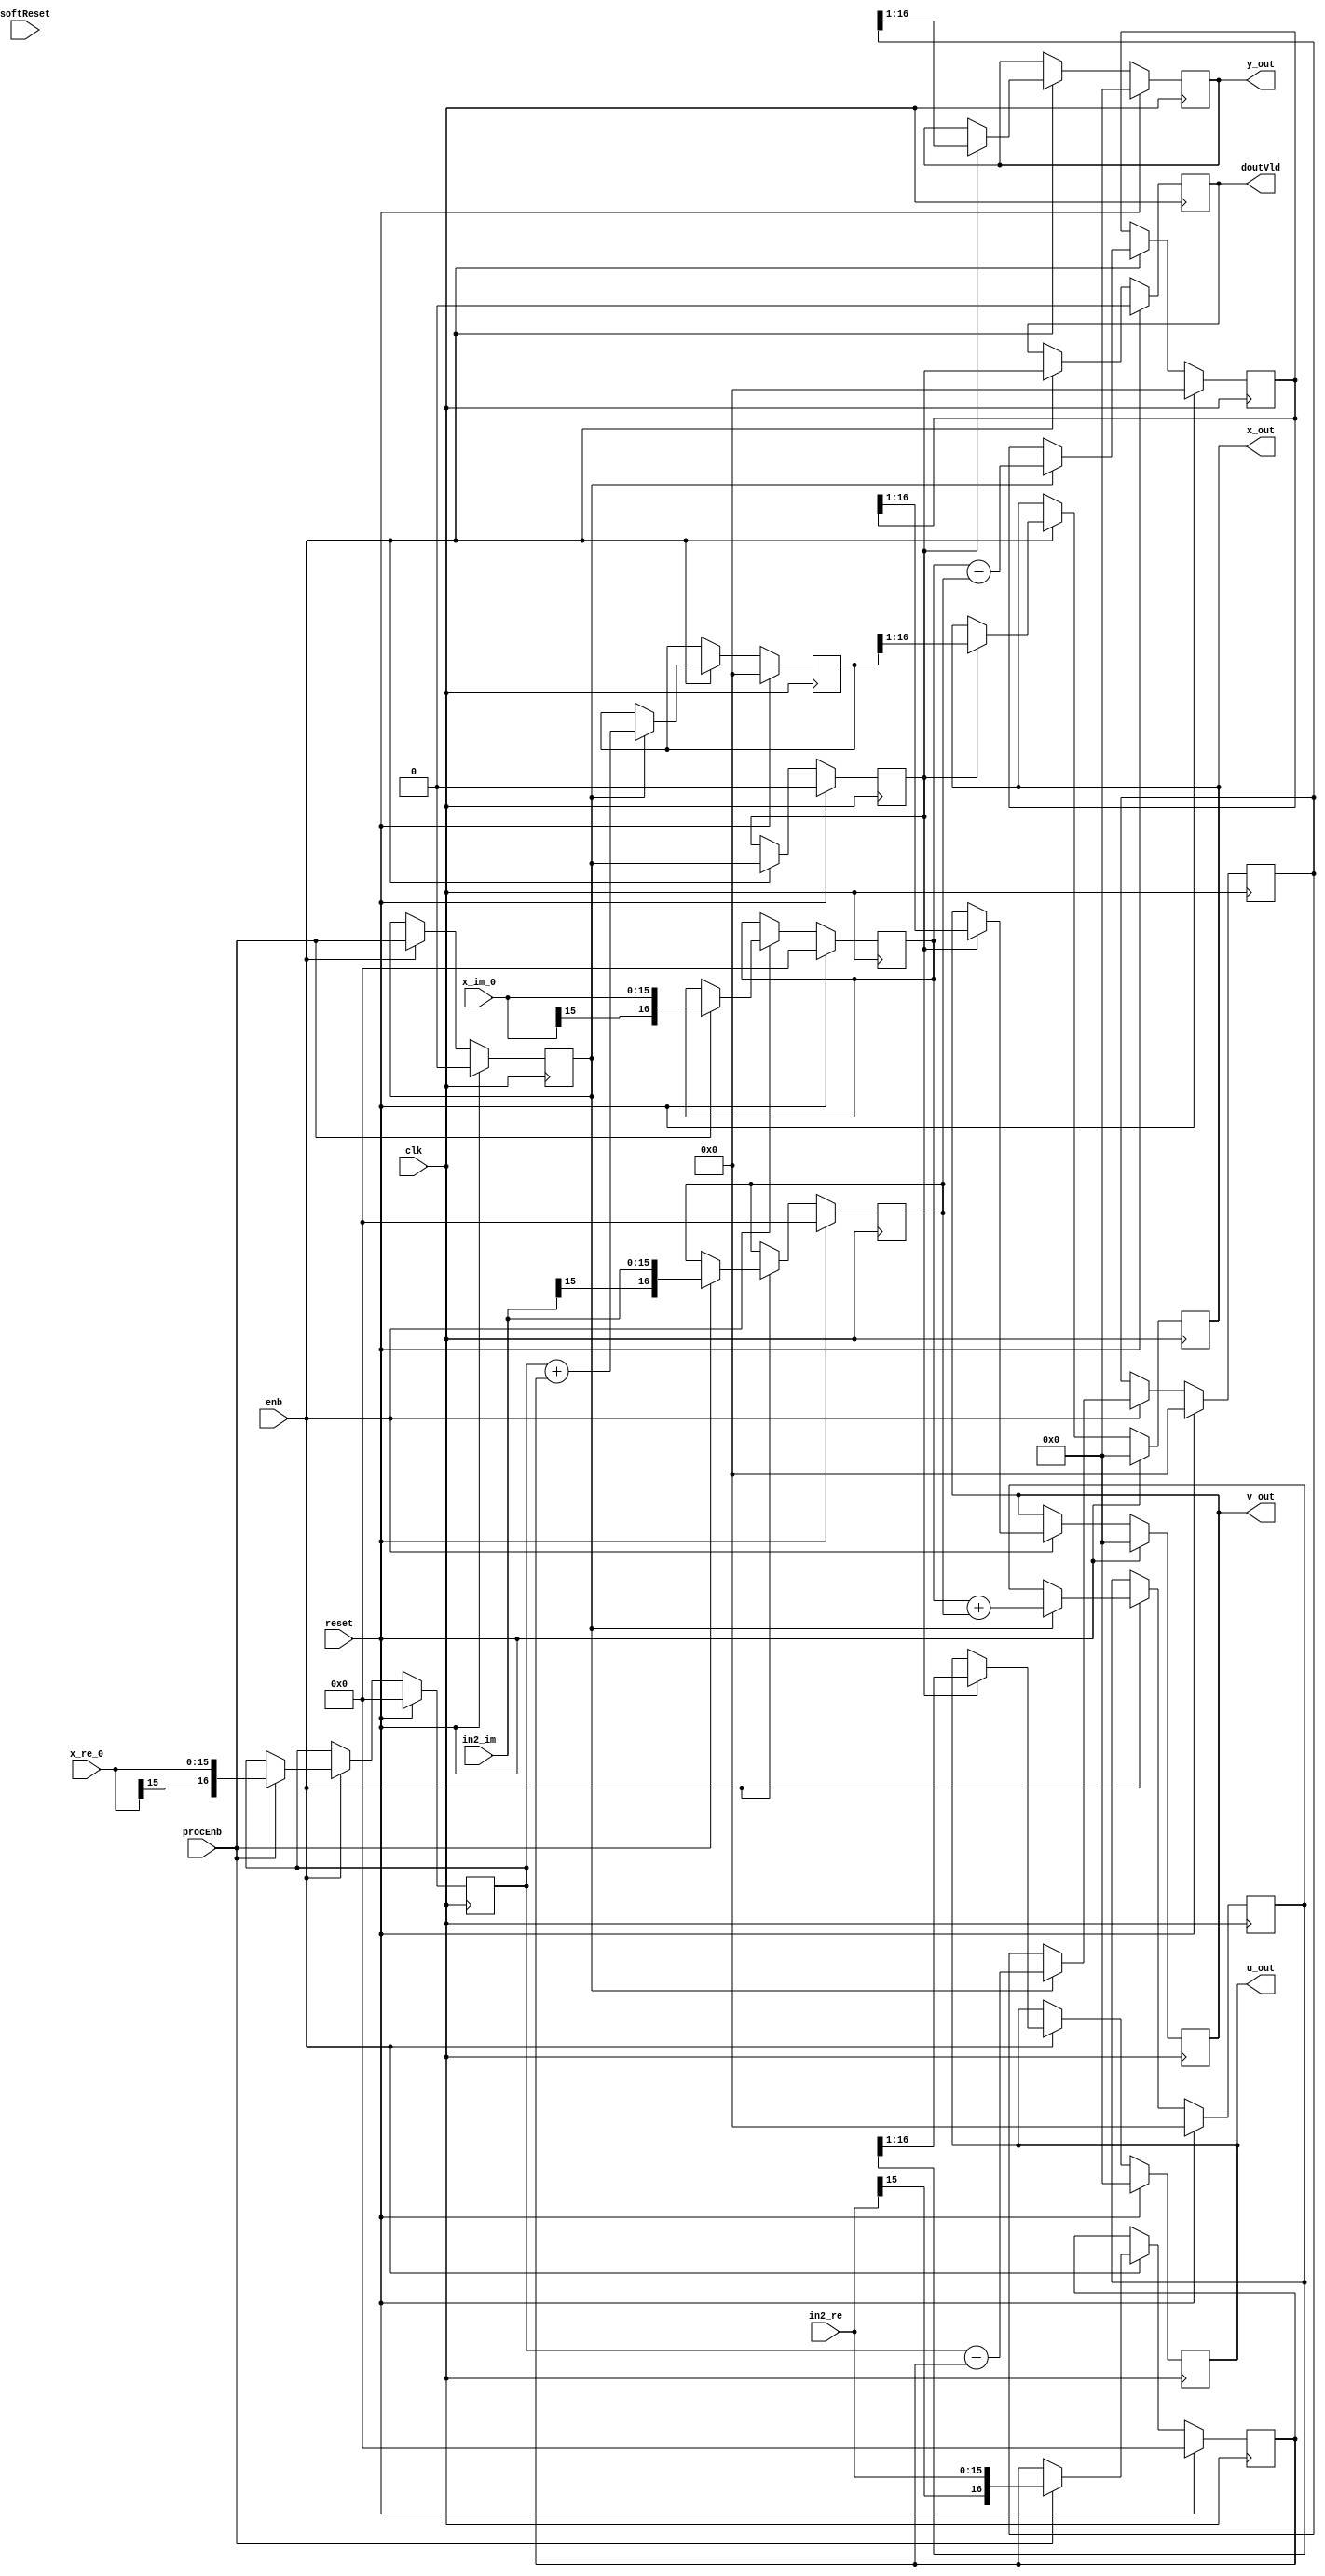
// -------------------------------------------------------------
// 
// 
// Generated by MATLAB 8.5 and HDL Coder 3.6
// 
// -------------------------------------------------------------


// -------------------------------------------------------------
// 
// Module: Radix2ButterlyF
// Source Path: fft_st/fft_st/FFT HDL Optimized/RADIX2FFT_KernelF_1/Radix2ButterlyF
// Hierarchy Level: 3
// 
// -------------------------------------------------------------

`timescale 1 ns / 1 ns

module Radix2ButterlyF
          (
           clk,
           reset,
           enb,
           x_re_0,
           in2_re,
           x_im_0,
           in2_im,
           procEnb,
           softReset,
           x_out,
           u_out,
           y_out,
           v_out,
           doutVld
          );


  input   clk;
  input   reset;
  input   enb;
  input   signed [15:0] x_re_0;  // sfix16
  input   signed [15:0] in2_re;  // sfix16
  input   signed [15:0] x_im_0;  // sfix16
  input   signed [15:0] in2_im;  // sfix16
  input   procEnb;
  input   softReset;
  output  signed [15:0] x_out;  // sfix16
  output  signed [15:0] u_out;  // sfix16
  output  signed [15:0] y_out;  // sfix16
  output  signed [15:0] v_out;  // sfix16
  output  doutVld;


  reg signed [16:0] Radix2ButterflyF_din1_re_reg1;  // sfix17
  reg signed [16:0] Radix2ButterflyF_din1_im_reg1;  // sfix17
  reg signed [16:0] Radix2ButterflyF_din2_re_reg1;  // sfix17
  reg signed [16:0] Radix2ButterflyF_din2_im_reg1;  // sfix17
  reg signed [15:0] Radix2ButterflyF_dout1_re_reg;  // sfix16
  reg signed [15:0] Radix2ButterflyF_dout2_re_reg;  // sfix16
  reg signed [15:0] Radix2ButterflyF_dout1_im_reg;  // sfix16
  reg signed [15:0] Radix2ButterflyF_dout2_im_reg;  // sfix16
  reg  Radix2ButterflyF_dinVld_reg1;
  reg  Radix2ButterflyF_dinVld_reg2;
  reg  Radix2ButterflyF_dinVld_reg3;
  reg signed [17:0] Radix2ButterflyF_sum1_re_reg;  // sfix18
  reg signed [17:0] Radix2ButterflyF_sum2_re_reg;  // sfix18
  reg signed [17:0] Radix2ButterflyF_sum1_im_reg;  // sfix18
  reg signed [17:0] Radix2ButterflyF_sum2_im_reg;  // sfix18
  reg signed [16:0] Radix2ButterflyF_din1_re_reg1_next;  // sfix17
  reg signed [16:0] Radix2ButterflyF_din1_im_reg1_next;  // sfix17
  reg signed [16:0] Radix2ButterflyF_din2_re_reg1_next;  // sfix17
  reg signed [16:0] Radix2ButterflyF_din2_im_reg1_next;  // sfix17
  reg signed [15:0] Radix2ButterflyF_dout1_re_reg_next;  // sfix16
  reg signed [15:0] Radix2ButterflyF_dout2_re_reg_next;  // sfix16
  reg signed [15:0] Radix2ButterflyF_dout1_im_reg_next;  // sfix16
  reg signed [15:0] Radix2ButterflyF_dout2_im_reg_next;  // sfix16
  reg  Radix2ButterflyF_dinVld_reg1_next;
  reg  Radix2ButterflyF_dinVld_reg2_next;
  reg  Radix2ButterflyF_dinVld_reg3_next;
  reg signed [17:0] Radix2ButterflyF_sum1_re_reg_next;  // sfix18
  reg signed [17:0] Radix2ButterflyF_sum2_re_reg_next;  // sfix18
  reg signed [17:0] Radix2ButterflyF_sum1_im_reg_next;  // sfix18
  reg signed [17:0] Radix2ButterflyF_sum2_im_reg_next;  // sfix18
  reg signed [15:0] x_out_1;  // sfix16
  reg signed [15:0] y_out_1;  // sfix16
  reg signed [15:0] u_out_1;  // sfix16
  reg signed [15:0] v_out_1;  // sfix16
  reg  doutVld_1;
  reg signed [17:0] Radix2ButterflyF_sra_temp;  // sfix18
  reg signed [17:0] Radix2ButterflyF_sra_temp_0;  // sfix18
  reg signed [17:0] Radix2ButterflyF_sra_temp_1;  // sfix18
  reg signed [17:0] Radix2ButterflyF_sra_temp_2;  // sfix18
  reg signed [17:0] Radix2ButterflyF_t_0_0;  // sfix18
  reg signed [17:0] Radix2ButterflyF_t_1;  // sfix18
  reg signed [17:0] Radix2ButterflyF_t_2_0;  // sfix18
  reg signed [17:0] Radix2ButterflyF_t_3;  // sfix18
  reg signed [17:0] Radix2ButterflyF_t_4_0;  // sfix18
  reg signed [17:0] Radix2ButterflyF_t_5;  // sfix18
  reg signed [17:0] Radix2ButterflyF_t_6_0;  // sfix18
  reg signed [17:0] Radix2ButterflyF_t_7;  // sfix18


  // Radix2ButterflyF
  always @(posedge clk)
    begin : Radix2ButterflyF_process
      if (reset == 1'b1) begin
        Radix2ButterflyF_dout1_re_reg <= 16'sb0000000000000000;
        Radix2ButterflyF_dout2_re_reg <= 16'sb0000000000000000;
        Radix2ButterflyF_dout1_im_reg <= 16'sb0000000000000000;
        Radix2ButterflyF_dout2_im_reg <= 16'sb0000000000000000;
        Radix2ButterflyF_sum1_re_reg <= 18'sb000000000000000000;
        Radix2ButterflyF_sum2_re_reg <= 18'sb000000000000000000;
        Radix2ButterflyF_sum1_im_reg <= 18'sb000000000000000000;
        Radix2ButterflyF_sum2_im_reg <= 18'sb000000000000000000;
        Radix2ButterflyF_din2_re_reg1 <= 17'sb00000000000000000;
        Radix2ButterflyF_din2_im_reg1 <= 17'sb00000000000000000;
        Radix2ButterflyF_din1_re_reg1 <= 17'sb00000000000000000;
        Radix2ButterflyF_din1_im_reg1 <= 17'sb00000000000000000;
        Radix2ButterflyF_dinVld_reg3 <= 1'b0;
        Radix2ButterflyF_dinVld_reg2 <= 1'b0;
        Radix2ButterflyF_dinVld_reg1 <= 1'b0;
      end
      else begin
        if (enb) begin
          Radix2ButterflyF_din1_re_reg1 <= Radix2ButterflyF_din1_re_reg1_next;
          Radix2ButterflyF_din1_im_reg1 <= Radix2ButterflyF_din1_im_reg1_next;
          Radix2ButterflyF_din2_re_reg1 <= Radix2ButterflyF_din2_re_reg1_next;
          Radix2ButterflyF_din2_im_reg1 <= Radix2ButterflyF_din2_im_reg1_next;
          Radix2ButterflyF_dout1_re_reg <= Radix2ButterflyF_dout1_re_reg_next;
          Radix2ButterflyF_dout2_re_reg <= Radix2ButterflyF_dout2_re_reg_next;
          Radix2ButterflyF_dout1_im_reg <= Radix2ButterflyF_dout1_im_reg_next;
          Radix2ButterflyF_dout2_im_reg <= Radix2ButterflyF_dout2_im_reg_next;
          Radix2ButterflyF_dinVld_reg1 <= Radix2ButterflyF_dinVld_reg1_next;
          Radix2ButterflyF_dinVld_reg2 <= Radix2ButterflyF_dinVld_reg2_next;
          Radix2ButterflyF_dinVld_reg3 <= Radix2ButterflyF_dinVld_reg3_next;
          Radix2ButterflyF_sum1_re_reg <= Radix2ButterflyF_sum1_re_reg_next;
          Radix2ButterflyF_sum2_re_reg <= Radix2ButterflyF_sum2_re_reg_next;
          Radix2ButterflyF_sum1_im_reg <= Radix2ButterflyF_sum1_im_reg_next;
          Radix2ButterflyF_sum2_im_reg <= Radix2ButterflyF_sum2_im_reg_next;
        end
      end
    end

  always @(Radix2ButterflyF_din1_re_reg1, Radix2ButterflyF_din1_im_reg1,
       Radix2ButterflyF_din2_re_reg1, Radix2ButterflyF_din2_im_reg1,
       Radix2ButterflyF_dout1_re_reg, Radix2ButterflyF_dout2_re_reg,
       Radix2ButterflyF_dout1_im_reg, Radix2ButterflyF_dout2_im_reg,
       Radix2ButterflyF_dinVld_reg1, Radix2ButterflyF_dinVld_reg2,
       Radix2ButterflyF_dinVld_reg3, Radix2ButterflyF_sum1_re_reg,
       Radix2ButterflyF_sum2_re_reg, Radix2ButterflyF_sum1_im_reg,
       Radix2ButterflyF_sum2_im_reg, x_re_0, in2_re, x_im_0, in2_im, procEnb) begin
    Radix2ButterflyF_din1_re_reg1_next = Radix2ButterflyF_din1_re_reg1;
    Radix2ButterflyF_din1_im_reg1_next = Radix2ButterflyF_din1_im_reg1;
    Radix2ButterflyF_din2_re_reg1_next = Radix2ButterflyF_din2_re_reg1;
    Radix2ButterflyF_din2_im_reg1_next = Radix2ButterflyF_din2_im_reg1;
    Radix2ButterflyF_dout1_re_reg_next = Radix2ButterflyF_dout1_re_reg;
    Radix2ButterflyF_dout2_re_reg_next = Radix2ButterflyF_dout2_re_reg;
    Radix2ButterflyF_dout1_im_reg_next = Radix2ButterflyF_dout1_im_reg;
    Radix2ButterflyF_dout2_im_reg_next = Radix2ButterflyF_dout2_im_reg;
    Radix2ButterflyF_sum1_re_reg_next = Radix2ButterflyF_sum1_re_reg;
    Radix2ButterflyF_sum2_re_reg_next = Radix2ButterflyF_sum2_re_reg;
    Radix2ButterflyF_sum1_im_reg_next = Radix2ButterflyF_sum1_im_reg;
    Radix2ButterflyF_sum2_im_reg_next = Radix2ButterflyF_sum2_im_reg;
    if (Radix2ButterflyF_dinVld_reg2) begin
      Radix2ButterflyF_sra_temp = Radix2ButterflyF_sum1_re_reg >>> 8'd1;
      Radix2ButterflyF_dout1_re_reg_next = Radix2ButterflyF_sra_temp[15:0];
      Radix2ButterflyF_sra_temp_0 = Radix2ButterflyF_sum2_re_reg >>> 8'd1;
      Radix2ButterflyF_dout2_re_reg_next = Radix2ButterflyF_sra_temp_0[15:0];
      Radix2ButterflyF_sra_temp_1 = Radix2ButterflyF_sum1_im_reg >>> 8'd1;
      Radix2ButterflyF_dout1_im_reg_next = Radix2ButterflyF_sra_temp_1[15:0];
      Radix2ButterflyF_sra_temp_2 = Radix2ButterflyF_sum2_im_reg >>> 8'd1;
      Radix2ButterflyF_dout2_im_reg_next = Radix2ButterflyF_sra_temp_2[15:0];
    end
    if (Radix2ButterflyF_dinVld_reg1) begin
      Radix2ButterflyF_t_0_0 = {Radix2ButterflyF_din1_re_reg1[16], Radix2ButterflyF_din1_re_reg1};
      Radix2ButterflyF_t_1 = {Radix2ButterflyF_din2_re_reg1[16], Radix2ButterflyF_din2_re_reg1};
      Radix2ButterflyF_sum1_re_reg_next = Radix2ButterflyF_t_0_0 + Radix2ButterflyF_t_1;
      Radix2ButterflyF_t_2_0 = {Radix2ButterflyF_din1_re_reg1[16], Radix2ButterflyF_din1_re_reg1};
      Radix2ButterflyF_t_3 = {Radix2ButterflyF_din2_re_reg1[16], Radix2ButterflyF_din2_re_reg1};
      Radix2ButterflyF_sum2_re_reg_next = Radix2ButterflyF_t_2_0 - Radix2ButterflyF_t_3;
      Radix2ButterflyF_t_4_0 = {Radix2ButterflyF_din1_im_reg1[16], Radix2ButterflyF_din1_im_reg1};
      Radix2ButterflyF_t_5 = {Radix2ButterflyF_din2_im_reg1[16], Radix2ButterflyF_din2_im_reg1};
      Radix2ButterflyF_sum1_im_reg_next = Radix2ButterflyF_t_4_0 + Radix2ButterflyF_t_5;
      Radix2ButterflyF_t_6_0 = {Radix2ButterflyF_din1_im_reg1[16], Radix2ButterflyF_din1_im_reg1};
      Radix2ButterflyF_t_7 = {Radix2ButterflyF_din2_im_reg1[16], Radix2ButterflyF_din2_im_reg1};
      Radix2ButterflyF_sum2_im_reg_next = Radix2ButterflyF_t_6_0 - Radix2ButterflyF_t_7;
    end
    if (procEnb) begin
      Radix2ButterflyF_din2_re_reg1_next = {in2_re[15], in2_re};
      Radix2ButterflyF_din1_re_reg1_next = {x_re_0[15], x_re_0};
      Radix2ButterflyF_din2_im_reg1_next = {in2_im[15], in2_im};
      Radix2ButterflyF_din1_im_reg1_next = {x_im_0[15], x_im_0};
    end
    Radix2ButterflyF_dinVld_reg3_next = Radix2ButterflyF_dinVld_reg2;
    Radix2ButterflyF_dinVld_reg2_next = Radix2ButterflyF_dinVld_reg1;
    Radix2ButterflyF_dinVld_reg1_next = procEnb;
    x_out_1 = Radix2ButterflyF_dout1_re_reg;
    y_out_1 = Radix2ButterflyF_dout2_re_reg;
    u_out_1 = Radix2ButterflyF_dout1_im_reg;
    v_out_1 = Radix2ButterflyF_dout2_im_reg;
    doutVld_1 = Radix2ButterflyF_dinVld_reg3;
  end



  assign x_out = x_out_1;

  assign u_out = u_out_1;

  assign y_out = y_out_1;

  assign v_out = v_out_1;

  assign doutVld = doutVld_1;

endmodule  // Radix2ButterlyF